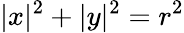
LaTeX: |x|^{2}+|y|^{2}=r^{2}